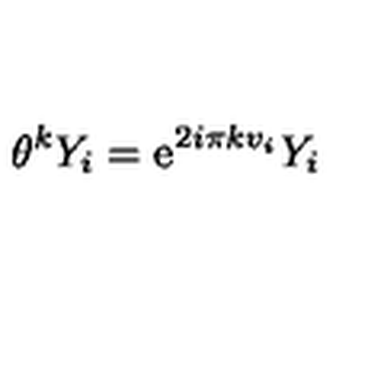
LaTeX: \theta ^ { k } Y _ { i } = \mathrm { e } ^ { 2 i \pi k v _ { i } } Y _ { i }